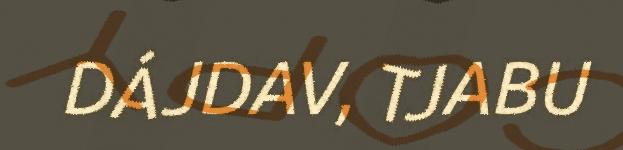
DÁJDAV, TJABU